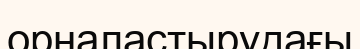
орналастырудағы